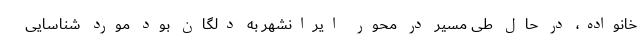
خانواده، در حال طی مسیر در محور ایرانشهر به دلگان بود مورد شناسایی